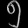
Digit: ၅